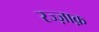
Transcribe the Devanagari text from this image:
रज्ज़ाक़